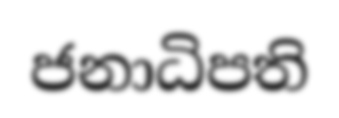
ජනාධිපති